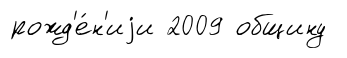
рожд'е́н'иjи 2009 общину